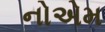
નોએમ